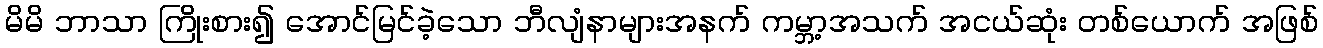
မိမိ ဘာသာ ကြိုးစား၍ အောင်မြင်ခဲ့သော ဘီလျံနာများအနက် ကမ္ဘာ့အသက် အငယ်ဆုံး တစ်ယောက် အဖြစ်